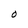
Character: O